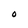
Character: O